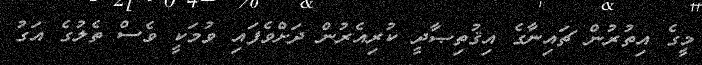
މީގެ އިތުރުން ޗައިނާގެ އިޤުތިޞާދީ ކުރިއެރުން ދަށްވެފައި ވުމަކީ ވެސް ތެލުގެ އަގު